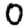
Digit: 0